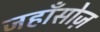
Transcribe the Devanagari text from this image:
जहाँसोज़